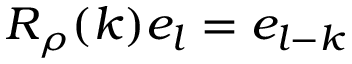
R _ { \rho } ( k ) e _ { l } = e _ { l - k }